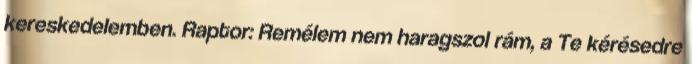
kereskedelemben. Raptor: Remélem nem haragszol rám, a Te kérésedre